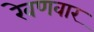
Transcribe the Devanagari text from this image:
रेवणवार